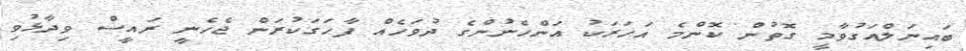
ބައިނަލްއަގުވާމީ ގޮތުން ކޮންމެ އަހަރަކު އަންހެނުންގެ ދުވަހެއް ފާހަގަކުރަން ޖެހެނީ ރައީސް ވިދާޅުވި